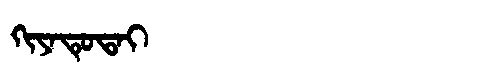
Manchu: ᡴᡳᠶᠠᡨᡠᡨᠠᡳ
Romanization: KIYATUTAI